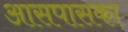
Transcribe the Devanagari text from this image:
आसपासका